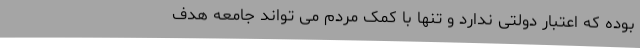
بوده ‌که اعتبار دولتی ندارد و تنها با کمک مردم می تواند جامعه هدف